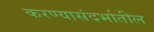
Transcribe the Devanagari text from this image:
करण्यासंदर्भातील